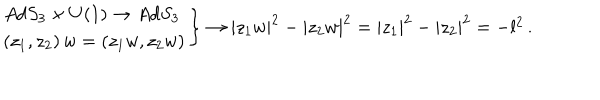
\begin{array} { l l l l } { { } } & { { } } & { { \nonumber } } \\ { { } } & { { } } & { { \left. \begin{array} { l l l l } { { } } & { { } } & { { A d S _ { 3 } \times U ( 1 ) \rightarrow A d S _ { 3 } } } \\ { { } } & { { } } & { { \left( z _ { 1 } , z _ { 2 } \right) w = \left( z _ { 1 } w , z _ { 2 } w \right) } } \\ \end{array} \right\} \rightarrow \left| z _ { 1 } w \right| ^ { 2 } - \left| z _ { 2 } w \right| ^ { 2 } = \left| z _ { 1 } \right| ^ { 2 } - \left| z _ { 2 } \right| ^ { 2 } = - l ^ { 2 } \, . } } \\ \end{array}